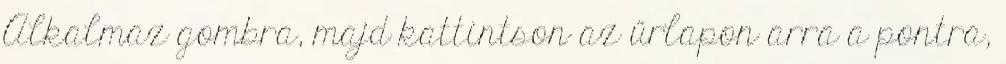
Alkalmaz gombra, majd kattintson az űrlapon arra a pontra,